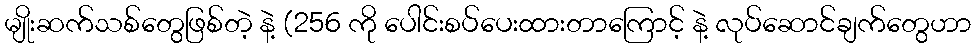
မျိုးဆက်သစ်တွေဖြစ်တဲ့ နဲ့ (256 ကို ပေါင်းစပ်ပေးထားတာကြောင့် နဲ့ လုပ်ဆောင်ချက်တွေဟာ